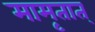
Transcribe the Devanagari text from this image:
मामृतात्